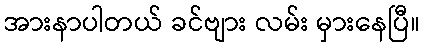
အားနာပါတယ် ခင်ဗျား လမ်း မှားနေပြီ။